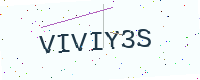
Text: VIVIY3S